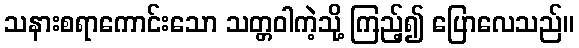
သနားစရာကောင်းသော သတ္တဝါကဲ့သို့ ကြည့်၍ ပြောလေသည်။